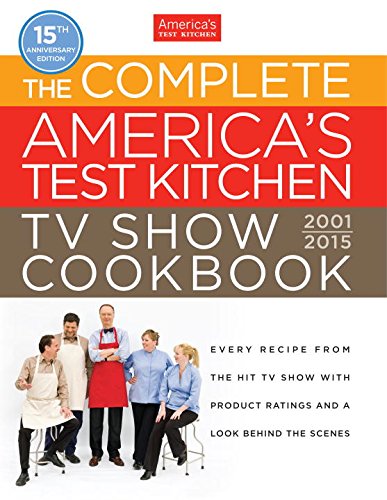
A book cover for The Complete America's Test Kitchen TV Show Cookbook 2001-2015; Cookbooks, Food & Wine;